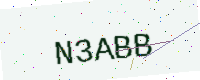
Text: N3ABB